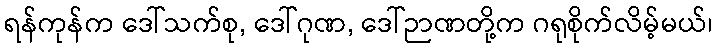
ရန်ကုန်က ဒေါ်သက်စု, ဒေါ်ဂုဏ, ဒေါ်ဉာဏတို့က ဂရုစိုက်လိမ့်မယ်၊